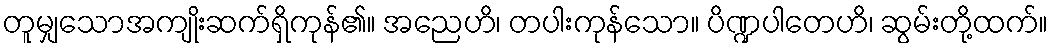
တူမျှသောအကျိုးဆက်ရှိကုန်၏။ အညေဟိ၊ တပါးကုန်သော။ ပိဏ္ဍပါတေဟိ၊ ဆွမ်းတို့ထက်။